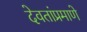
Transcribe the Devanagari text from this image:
देवतांप्रमाणे